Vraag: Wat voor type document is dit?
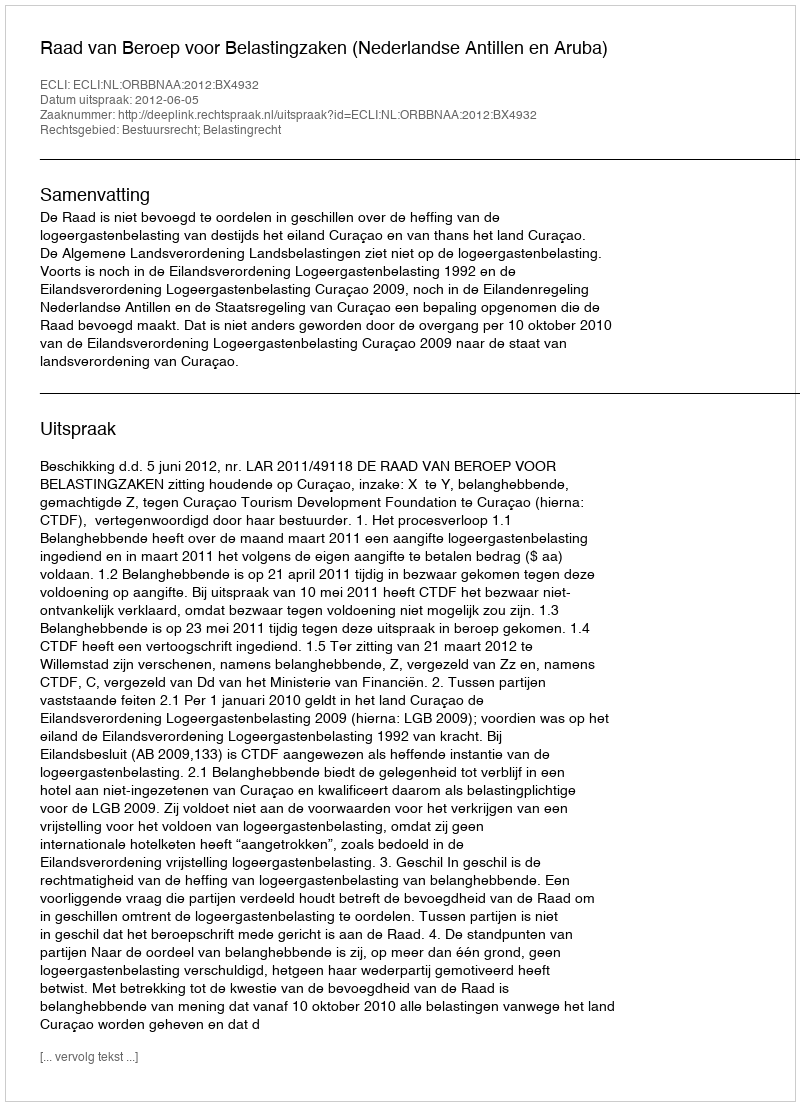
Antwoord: Uitspraak